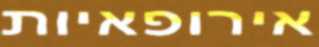
אירופאיות